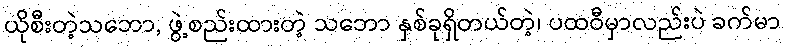
ယိုစီးတဲ့သဘော, ဖွဲ့စည်းထားတဲ့ သဘော နှစ်ခုရှိတယ်တဲ့၊ ပထဝီမှာလည်းပဲ ခက်မာ